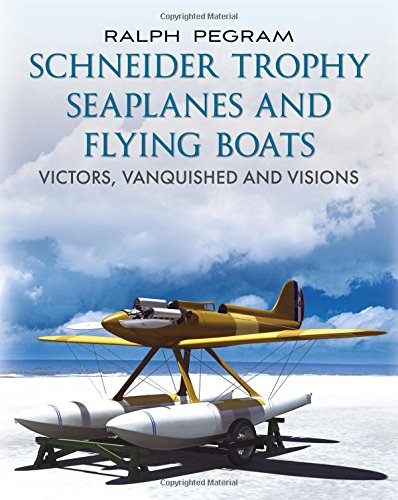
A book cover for Schneider Trophy Seaplanes and Flying Boats: Victors, Vanquished and Visions; Ralph Pegram; Arts & Photography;